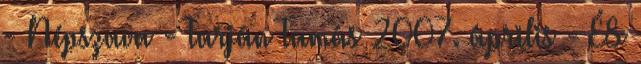
- Népszava - Tarján Tamás 2007. április - ÉS